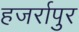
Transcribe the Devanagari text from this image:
हजर्रापुर